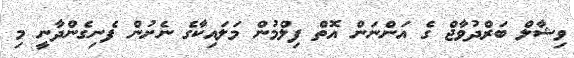
ވިޝާލް ބަރްދުވާޖް ގެ އަންނަން އޮތް ފިލްމުން މަލައިކާގެ ނެށުން ފެނިގެންދާނީ މި